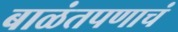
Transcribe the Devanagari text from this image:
बाळंतपणाचं